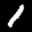
Label: 1